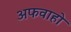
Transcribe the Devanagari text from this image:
अफवाहो